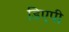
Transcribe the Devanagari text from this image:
डिएपी